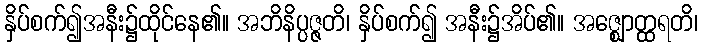
နှိပ်စက်၍အနီး၌ထိုင်နေ၏။ အဘိနိပ္ပဇ္ဇတိ၊ နှိပ်စက်၍ အနီး၌အိပ်၏။ အဇ္ဈောတ္ထရတိ၊